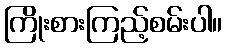
ကြိုးစားကြည့်စမ်းပါ။